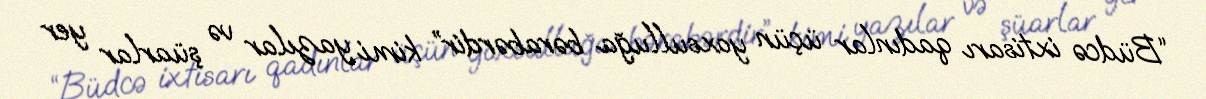
“Büdcə ixtisarı qadınlar üçün yoxsulluğa bərabərdir” kimi yazılar və şüarlar yer